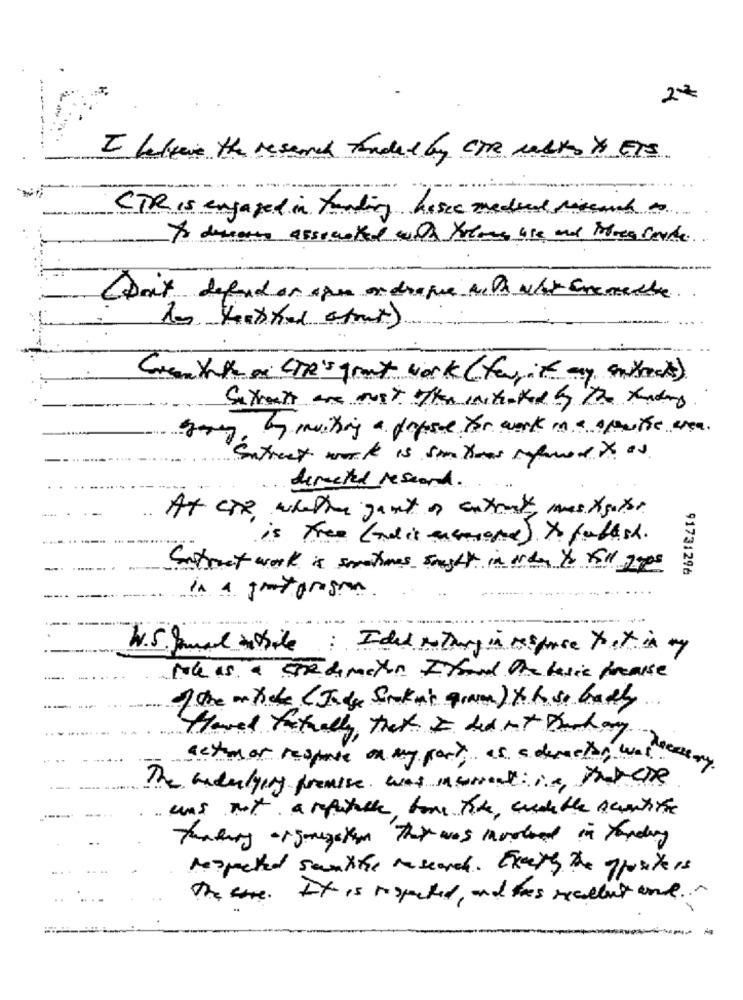
27
I believe the resend funded by CTR walks to ETS
.- ----
CTR is engaged in funding hisse medred research to
to devous associated with Young use and Morea Certe.
(Don't defend on apr ondrapie with what inerente
Cremynte os CTR's grant work ( fwith my entrects)
Sexrett are most the initiated by the funding
by muting a dafare for work in a spouthe wee
Entreet work is sim theas ryloved to as
demeted reseand.
At ciR. whether gond ar entrust, mas Agotes
is free ( nd is encore ) to publish.
Sustreet work is sometimes sought in order to fill goes
91731296
W.S. Samal tessile: Idid nothing in response toit in my
the as a fedmeyon Ithand The basic presse
of the matiche (Jade Sukat gram) to h. so badly
Hoved fretually that I did not Backary
actomer response on my park as a demeter was here
The underlying premise was musicaliis, that eDe
.. uns not armatache, fare tire, curable Acentste
Taking organization That was involved in tandary
respected samithe research. Exactly the oppositeis
The core. It is respected, and thes excellent and ...